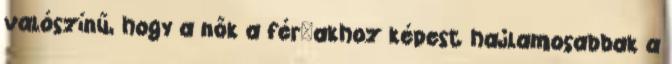
valószínű, hogy a nők a férﬁakhoz képest hajlamosabbak a